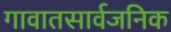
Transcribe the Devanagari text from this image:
गावातसार्वजनिक